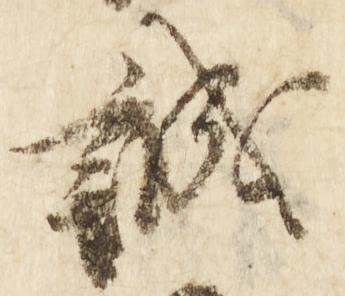
誠